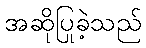
အဆိုပြုခဲ့သည်